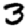
Digit: 3